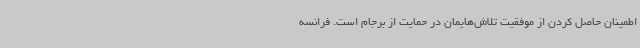
اطمینان حاصل کردن از موفقیت تلاش‌هایمان در حمایت از برجام است. فرانسه